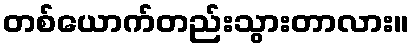
တစ်ယောက်တည်းသွားတာလား။